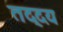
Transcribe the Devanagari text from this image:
तद्दय